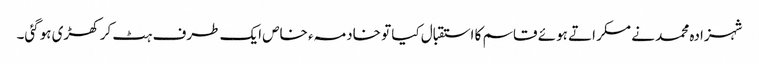
شہزادہ محمد نے مسکراتے ہوئے قاسم کا استقبال کیا تو خادمہء خاص ایک طرف ہٹ کر کھڑی ہوگئی۔